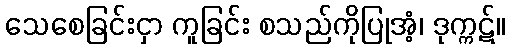
သေစေခြင်းငှာ ကူခြင်း စသည်ကိုပြုအံ့၊ ဒုက္ကဋ်။